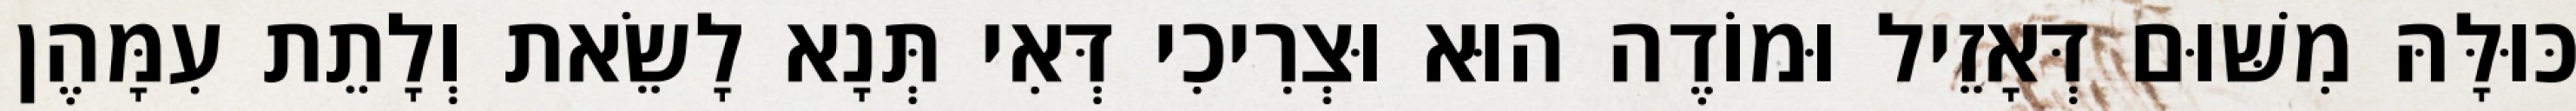
כּוּלָּהּ מִשּׁוּם דְּאָזֵיל וּמוֹדֶה הוּא וּצְרִיכִי דְּאִי תְּנָא לָשֵׂאת וְלָתֵת עִמָּהֶן